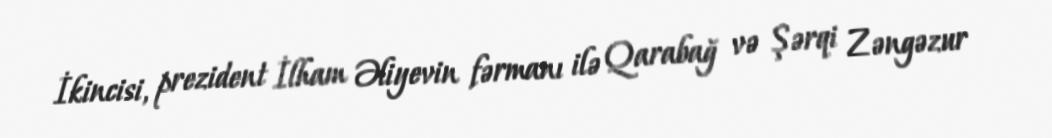
İkincisi, prezident İlham Əliyevin fərmanı ilə Qarabağ və Şərqi Zəngəzur